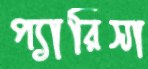
প্যারিসা